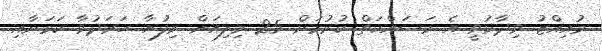
މުއިއްޒު ވިދާޅުވީ އެ މަސައްކަތް ކުރުމަށް 25 މިލިއަން ރިފުޔާ ހަރަދުވާ ކަމަށާއި